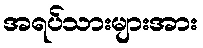
အရပ်သားများအား